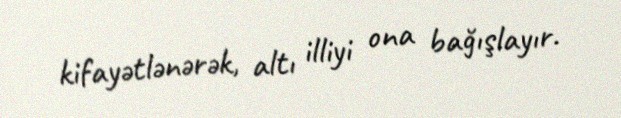
kifayətlənərək, altı illiyi ona bağışlayır.